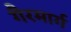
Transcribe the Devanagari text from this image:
गैरमार्ग